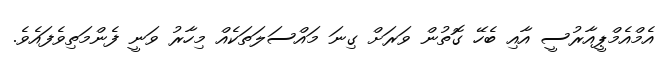
އެމްއެމްޕީއާރުސީ އާއި ބެހޭ ގޮތުން ވަރަށް ގިނަ މައްސަލަތަކެއް މިހާރު ވަނީ ފެންމަތިވެފައެވެ.